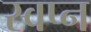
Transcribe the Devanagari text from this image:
स्‍वप्‍न